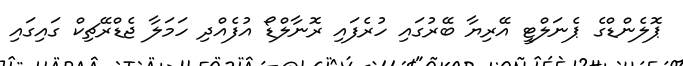
ޕޮލެންޑްގެ ޕެނަލްޓީ އޭރިޔާ ބޭރުގައި ހުރެފައި ރޮނާލްޑޯ އުފެއްދި ހަމަލާ ޖެޑްރޭޗިކް ގައިގައި